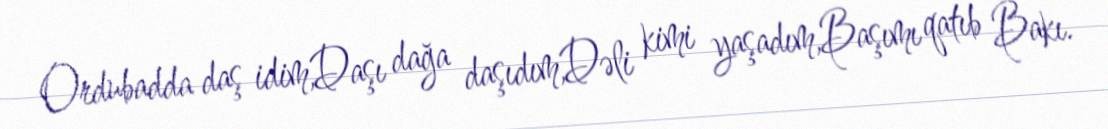
Ordubadda daş idim,Daşı dağa daşıdım,Dəli kimi yaşadım,Başımı qatıb Bakı.